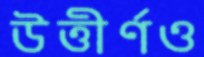
উত্তীর্ণও